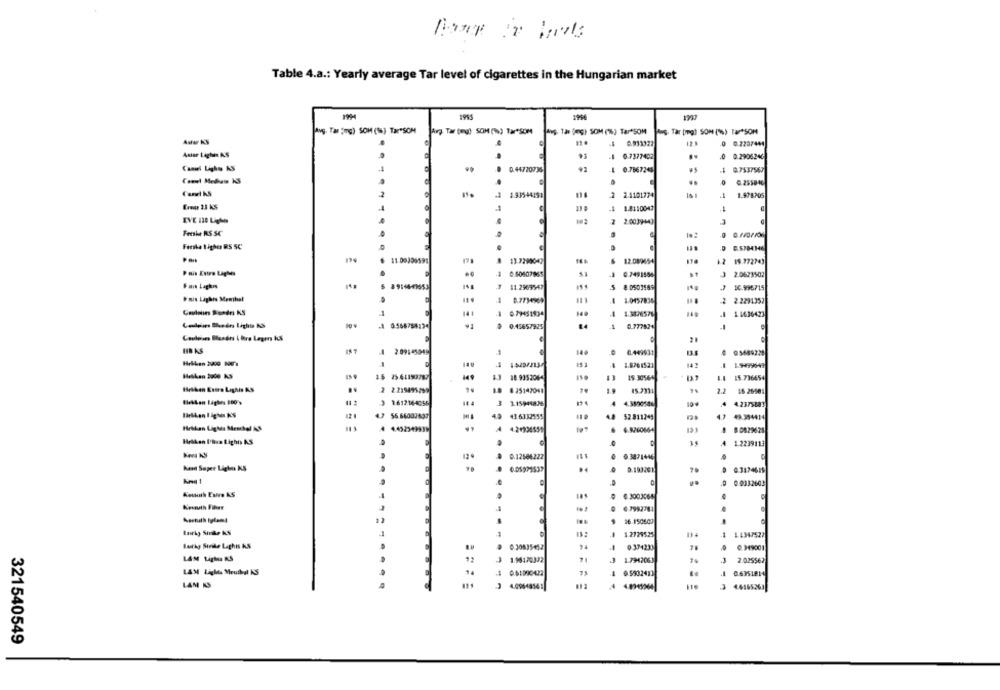
Table 4.a .: Yearly average Tar level of cigarettes in the Hungarian market
Avg. Tar ms) SOM (16) Tar"SOM
avg Tar (eng) SOM (W) Tar SOM
pas Tan (mg) SOM (%) Tar*SOM
Ans. Tar (mg) SOM (%) Tar*SOM
Aww KS
.
Asier Léghun AS
0.7377402
..
0.2906240
Camel Lighos AS
...
0. 44720736
-
0.7567245
.1 0.7537567
Camel Medhass KS
L
0.255840
1.93544151
2.1101774
1.978705
Erete 23 KS
1.8110047
EVE 130 Lights
2.0039+43
Freshe RS SC
Ferske I igher RS 5C
11.00306591
13.7290043
12.089654
12 19.772743
Pain Estro Lights
0 60607865
6.7491556
2.0623502
Par Lagkıs
11.2969547
8 0503569
16.996715
Fnis Lights Menthal
9.7734969
1.0457836
2 2.2291357
0.7HS1934
-
1.3076576
. 1.1636423
0:45657925
0.777824
-1
HB KS
-
6.449931
0 05689225
Hekken 2000 1971
1.8761521
18 9352064
19.30564
15.736654
8 25142043
15 2311
2.2
16 26901
4.2375881
56.66001897
41.6332555
52.811245
48.394414
Hrtkan Ligtds Menthol AS
4.4525499
4.2+934555
6.9260664
8 0829628
35
4 1.2239113
0.12506222
0.3871446
.
Kendt Super Lighus KS
D.193261
0.3174619
..
0.9332603
Kouuth Esiro AS
0.3003065
Kesauth Fiber
6.7992781
1.2729525
1-4347527
Baitkg Strike Laghis KS
0.30835452
0 374233
0 0.349001
1.98170372
.3
2 029542
LAM Lights Meuthal KS
1 9 5902413
.4 86351814
LAM IS
4.09648141
4.616526
321540549